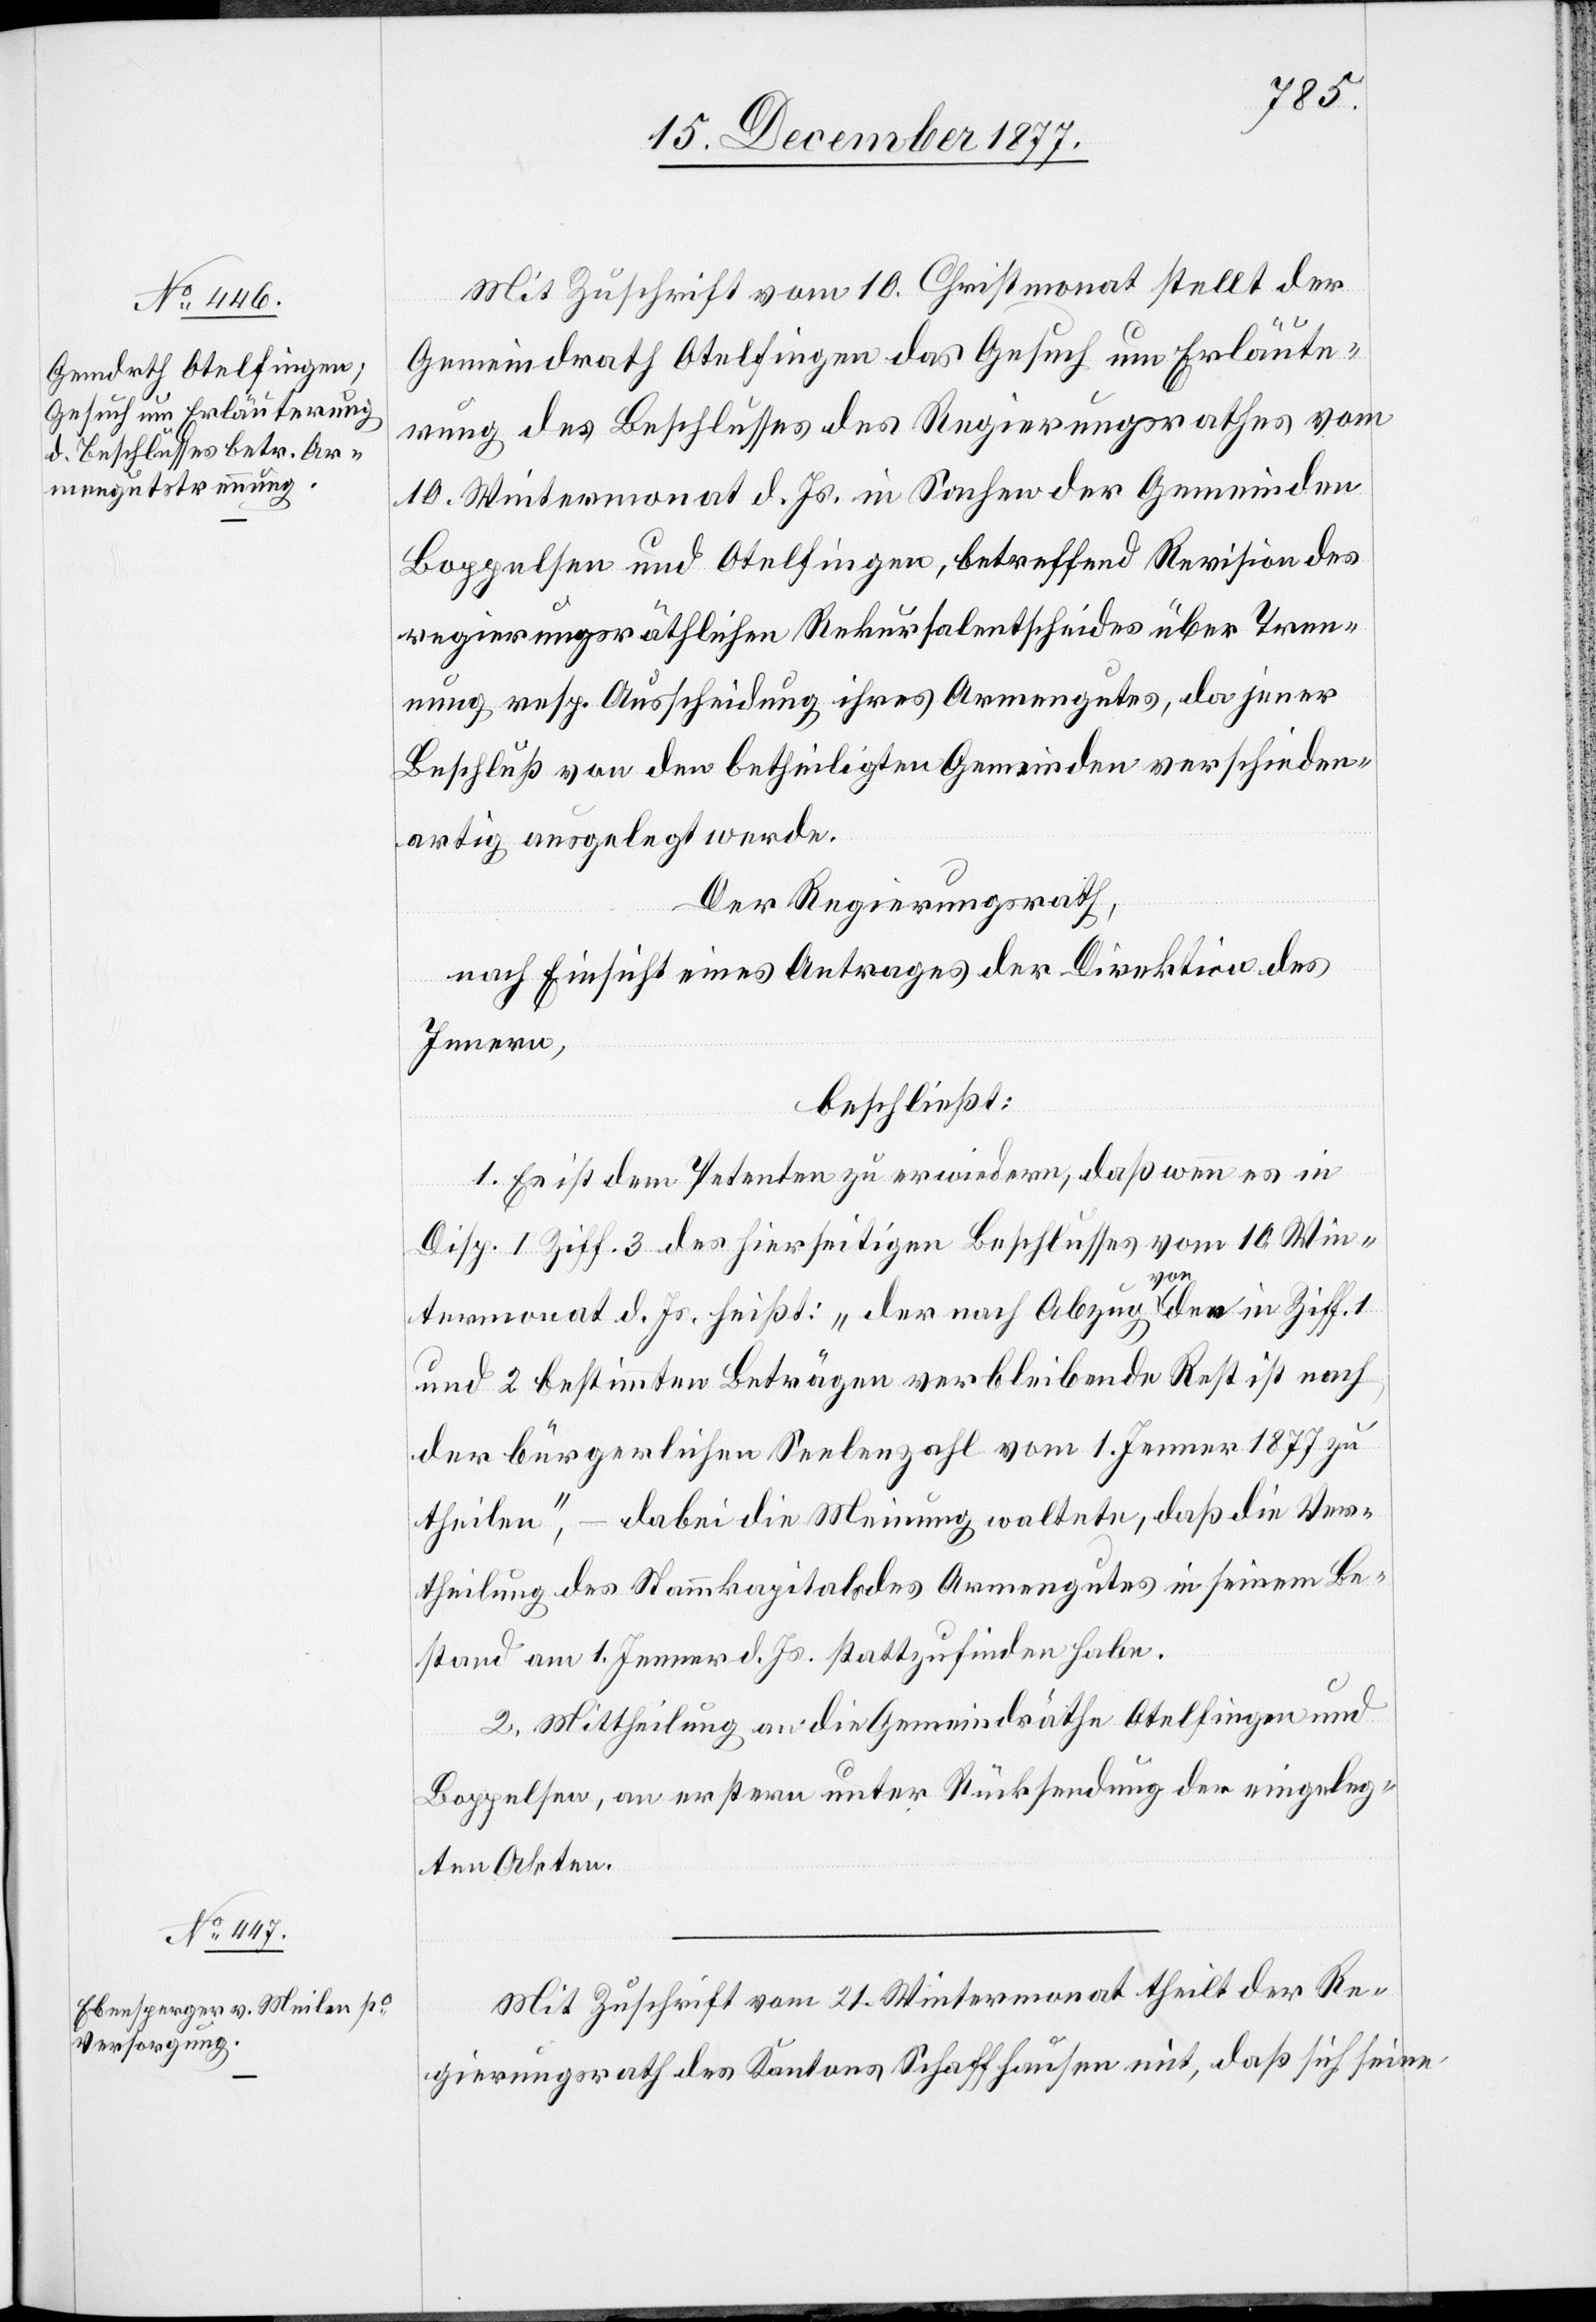
Mit Zuschrift vom 10. Christmonat stellt der
Gemeindrath Otelfingen das Gesuch um Erläute¬
rung des Beschlusses des Regierungsrathes vom
10. Wintermonat d. Js. in Sachen der Gemeinden
Boppelsen und Otelfingen, betreffend Revision des
regierungsräthlichen Rekursalentscheides über Tren¬
nung resp. Ausscheidung ihres Armengutes, da jener
Beschluß von den betheiligten Gemeinden verschieden¬
artig ausgelegt werde.
Der Regierungsrath,
nach Einsicht eines Antrages der Direktion des
Innern,
beschließt:
1. Es ist dem Petenten zu erwiedern, daß wenn es in
Disp. I Ziff. 3 des hierseitigen Beschlusses vom 10. Win¬
termonat d. Js. heißt: „der nach Abzug von den in Ziff. 1
und 2 bestimmten Beträgen verbleibende Rest ist nach
der bürgerlichen Seelenzahl vom 1. Jenner 1877 zu
theilen“, – dabei die Meinung waltete, daß die Ver¬
theilung des Stammkapitals des Armengutes in seinem Be¬
stand am 1. Jenner d. Js. stattzufinden habe.
2. Mittheilung an die Gemeindräthe Otelfingen und
Boppelsen, an erstern unter Rücksendung der eingeleg¬
ten Akten.
Mit Zuschrift vom 21. Wintermonat theilt der Re¬
gierungsrath des Kantons Schaffhausen mit, daß sich seine